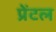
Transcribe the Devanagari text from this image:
प्रेंटल